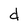
Character: d